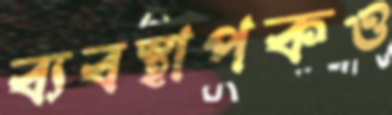
ব্যবস্থাপকও